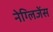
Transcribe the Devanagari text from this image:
नेग्लिजेंस